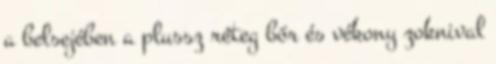
a belsejében a plussz réteg bőr és vékony zoknival